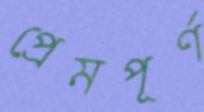
প্রেমপূর্ণ